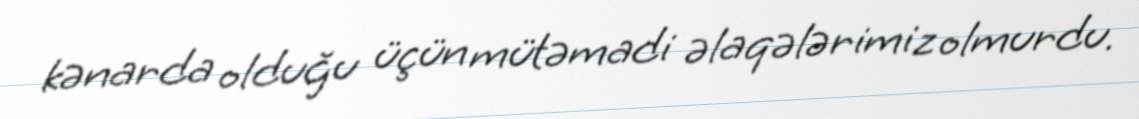
kənarda olduğu üçün mütəmadi əlaqələrimiz olmurdu.